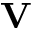
\mathbf { V }